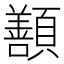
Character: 𩕊